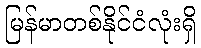
မြန်မာတစ်နိုင်ငံလုံးရှိ